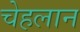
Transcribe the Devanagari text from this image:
चेहलान